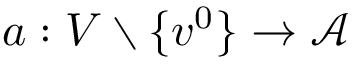
a : V \setminus \{ v ^ { 0 } \} \rightarrow { \mathcal { A } }